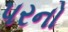
પરનો